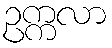
ဥက္ကလာ